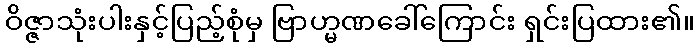
ဝိဇ္ဇာသုံးပါးနှင့်ပြည့်စုံမှ ဗြာဟ္မဏခေါ်ကြောင်း ရှင်းပြထား၏။